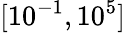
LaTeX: [10^{-1},10^{5}]